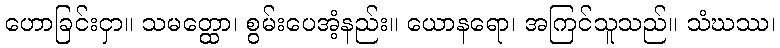
ဟောခြင်းငှာ။ သမတ္ထော၊ စွမ်းပေအံ့နည်း။ ယောနရော၊ အကြင်သူသည်။ သံဃဿ၊